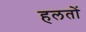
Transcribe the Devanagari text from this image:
हलतों